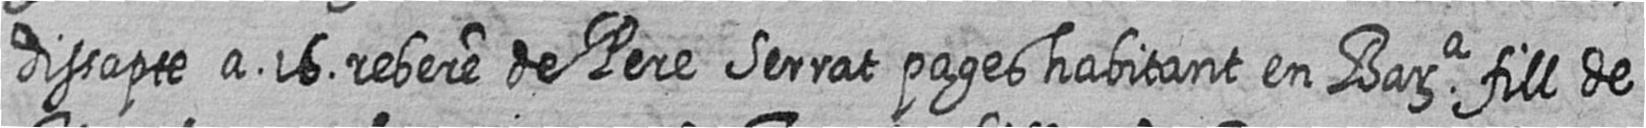
dissapte a 16 rebere de Pere Serrat pages habitant en Bara fill de